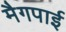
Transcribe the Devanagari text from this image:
मैगपाई